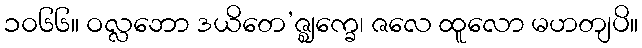
၁၀၆၆။ ဝလ္လဘော ဒယိတေ’ဇ္ဈက္ခေ၊ ဇလေ ထူလော မဟတျပိ။